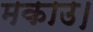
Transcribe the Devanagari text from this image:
मकाउ।